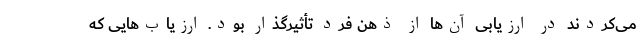
می‌کردند در ارزیابی آن‌ها از ذهن فرد تأثیرگذار بود. ارزیاب‌هایی که